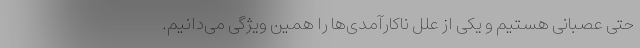
حتی عصبانی هستیم و یکی از علل ناکارآمدی‌ها را همین ویژگی می‌دانیم.